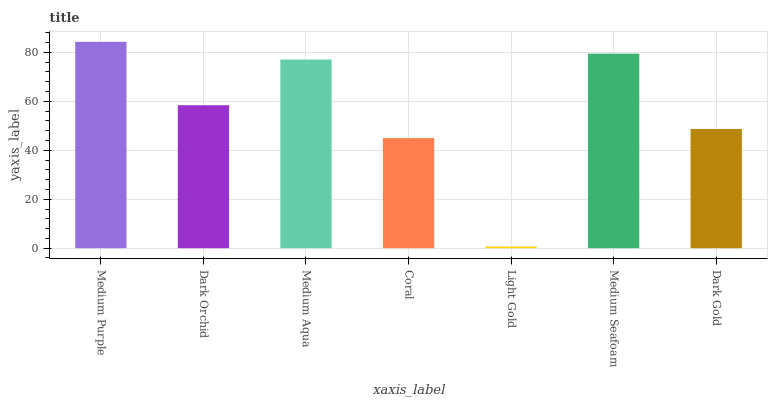
| xaxis_label | bars |
 | --- | --- |
 | Medium Purple | 84.3 |
 | Dark Orchid | 58.4 |
 | Medium Aqua | 77.1 |
 | Coral | 45 |
 | Light Gold | 0.706 |
 | Medium Seafoam | 79.5 |
 | Dark Gold | 48.7 |